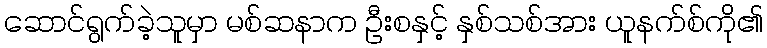
ဆောင်ရွက်ခဲ့သူမှာ မစ်ဆနာက ဦးစနှင့် နှစ်သစ်အား ယူနက်စ်ကို၏